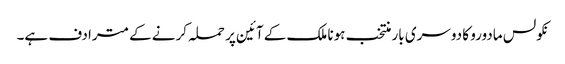
نکولس مادورو کا دوسری بار منتخب ہونا ملک کے آئین پر حملہ کرنے کے مترادف ہے۔